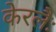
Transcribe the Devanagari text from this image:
केरलैः